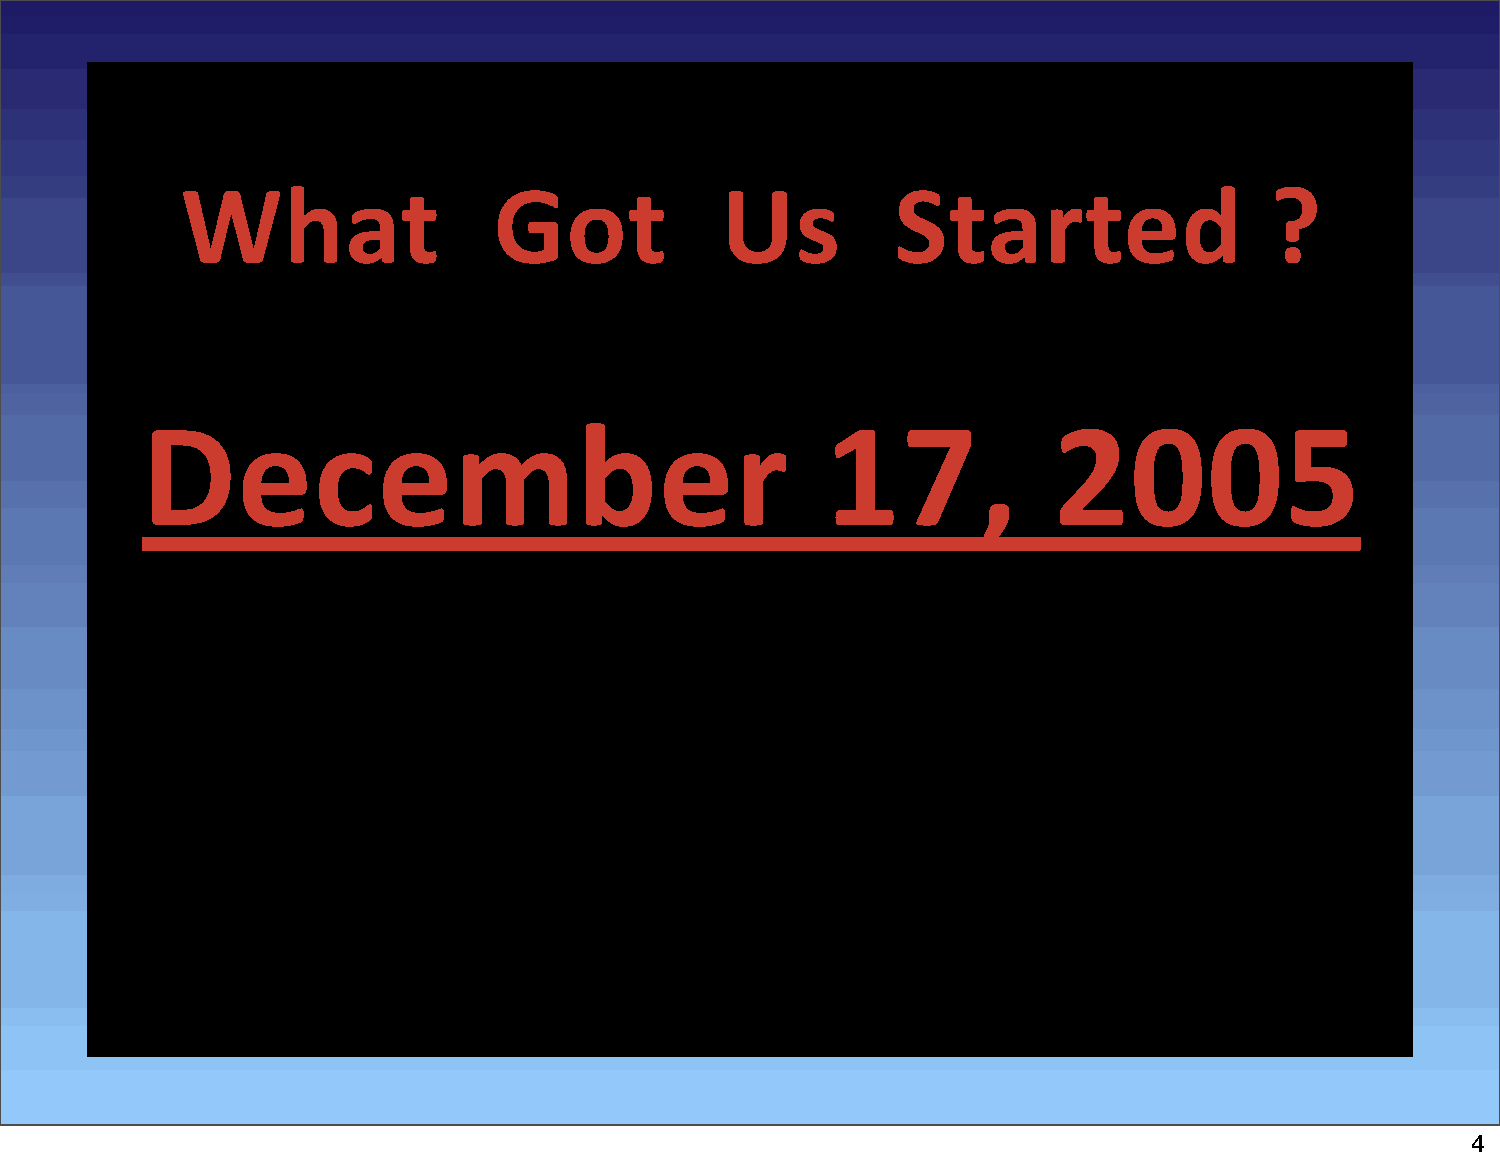
What                 Got            Us         Started                  ?
 December                                      17,            2005
 4